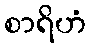
စာရိဟံ